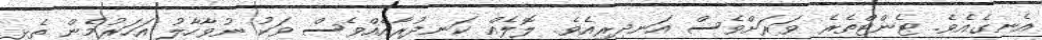
އެނގެއެވެ. ޓެންޓްތެރެ ވަރަށްވެސް އަނދިރިއެވެ. ލޮލެއް ކަނދުރާއެއްވެސް ވަކު ނުވާހާލު އަހަރުމެން ތެޅި